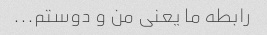
رابطه ما یعنی من و دوستم...